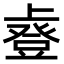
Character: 𫠿